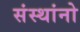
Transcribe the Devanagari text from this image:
संस्थांनो